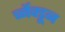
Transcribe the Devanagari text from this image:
र्च्नेक्डून